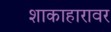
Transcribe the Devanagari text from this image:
शाकाहारावर